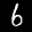
Label: 6